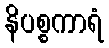
နိပစ္စကာရံ